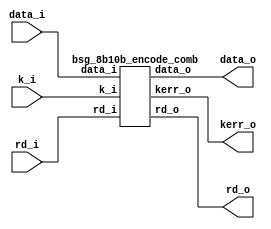


module top
(
  data_i,
  k_i,
  rd_i,
  data_o,
  rd_o,
  kerr_o
);

  input [7:0] data_i;
  output [9:0] data_o;
  input k_i;
  input rd_i;
  output rd_o;
  output kerr_o;

  bsg_8b10b_encode_comb
  wrapper
  (
    .data_i(data_i),
    .data_o(data_o),
    .k_i(k_i),
    .rd_i(rd_i),
    .rd_o(rd_o),
    .kerr_o(kerr_o)
  );


endmodule



module bsg_8b10b_encode_comb
(
  data_i,
  k_i,
  rd_i,
  data_o,
  rd_o,
  kerr_o
);

  input [7:0] data_i;
  output [9:0] data_o;
  input k_i;
  input rd_i;
  output rd_o;
  output kerr_o;
  wire [9:0] data_o;
  wire rd_o,kerr_o,AxorB,CxorD,AandB,CandD,NAandNB,NCandND,L22,L40,L04,L13,L31,FxorG,
  FandG,NFandNG,NFandNGandNH,FxorGandK,FxorGandNH,FandGandH,S,T0,PDM1S6,PD0S6,
  NDM1S6,PDM1S4,COMPLS6,NDL6,COMPLS4,N1,N2,N3,N4,N5,T1,N6,N7,N9,N0,N8,N10,N11,N12,N13,
  N14,N15,N16,N17,N18,N19,N20,N21,N22,N23,N24,N25,N26,N27,N28,N29,N30,N31,N32,N33,
  N34,N35,N36,N37,N38,N39,N40,N41,N42,N43,N44,N45,N46,N47,N48,N49,N50,N51,N52,N53,
  N54,N55,N56,N57,N58,N59,N60,N61,N62,N63,N64,N65,N66,N67,N68,N69,N70,N71,N72,N73,
  N74,N75,N76,N77,N78,N79,N80,N81,N82,N83,N84,N85,N86;
  assign AxorB = data_i[0] ^ data_i[1];
  assign CxorD = data_i[2] ^ data_i[3];
  assign AandB = data_i[0] & data_i[1];
  assign CandD = data_i[2] & data_i[3];
  assign NAandNB = N0 & N8;
  assign N0 = ~data_i[0];
  assign N8 = ~data_i[1];
  assign NCandND = N10 & N11;
  assign N10 = ~data_i[2];
  assign N11 = ~data_i[3];
  assign L22 = N14 | N15;
  assign N14 = N12 | N13;
  assign N12 = AandB & NCandND;
  assign N13 = CandD & NAandNB;
  assign N15 = AxorB & CxorD;
  assign L40 = AandB & CandD;
  assign L04 = NAandNB & NCandND;
  assign L13 = N16 | N17;
  assign N16 = AxorB & NCandND;
  assign N17 = CxorD & NAandNB;
  assign L31 = N18 | N19;
  assign N18 = AxorB & CandD;
  assign N19 = CxorD & AandB;
  assign FxorG = data_i[5] ^ data_i[6];
  assign FandG = data_i[5] & data_i[6];
  assign NFandNG = N20 & N21;
  assign N20 = ~data_i[5];
  assign N21 = ~data_i[6];
  assign NFandNGandNH = NFandNG & N22;
  assign N22 = ~data_i[7];
  assign FxorGandK = FxorG & k_i;
  assign FxorGandNH = FxorG & N22;
  assign FandGandH = FandG & data_i[7];
  assign S = N26 | N30;
  assign N26 = N24 & N25;
  assign N24 = N23 & data_i[3];
  assign N23 = rd_i & L31;
  assign N25 = ~data_i[4];
  assign N30 = N29 & data_i[4];
  assign N29 = N28 & N11;
  assign N28 = N27 & L13;
  assign N27 = ~rd_i;
  assign T0 = N31 & data_i[4];
  assign N31 = L13 & data_i[3];
  assign PDM1S6 = T0 | N35;
  assign N35 = N34 & N25;
  assign N34 = N32 & N33;
  assign N32 = ~L22;
  assign N33 = ~L31;
  assign PD0S6 = N38 | k_i;
  assign N38 = N36 & N37;
  assign N36 = data_i[4] & N32;
  assign N37 = ~L13;
  assign NDM1S6 = N40 | PD0S6;
  assign N40 = N39 & N25;
  assign N39 = L31 & N11;
  assign PDM1S4 = NFandNG | FxorGandK;
  assign COMPLS6 = N41 | N42;
  assign N41 = NDM1S6 & rd_i;
  assign N42 = N27 & PDM1S6;
  assign NDL6 = N46 | N50;
  assign N46 = N44 | N45;
  assign N44 = PD0S6 & N43;
  assign N43 = ~COMPLS6;
  assign N45 = COMPLS6 & PDM1S6;
  assign N50 = N49 & rd_i;
  assign N49 = N47 & N48;
  assign N47 = ~PDM1S6;
  assign N48 = ~PD0S6;
  assign COMPLS4 = N51 | N53;
  assign N51 = FandG & NDL6;
  assign N53 = N52 & PDM1S4;
  assign N52 = ~NDL6;
  assign rd_o = N59 | N61;
  assign N59 = N57 | N58;
  assign N57 = N55 & N56;
  assign N55 = NDL6 & N54;
  assign N54 = ~FandGandH;
  assign N56 = ~NFandNG;
  assign N58 = NFandNG & COMPLS4;
  assign N61 = N60 & FandGandH;
  assign N60 = ~COMPLS4;
  assign N1 = N63 | L04;
  assign N63 = N62 & data_i[1];
  assign N62 = ~L40;
  assign N2 = N64 | T0;
  assign N64 = L04 | data_i[2];
  assign N3 = data_i[3] & N62;
  assign N4 = N66 | N67;
  assign N66 = N65 & data_i[4];
  assign N65 = ~T0;
  assign N67 = N25 & L13;
  assign N5 = N74 | N76;
  assign N74 = N72 | N73;
  assign N72 = N70 | N71;
  assign N70 = N68 | N69;
  assign N68 = N25 & L22;
  assign N69 = L22 & k_i;
  assign N71 = L04 & data_i[4];
  assign N73 = data_i[4] & L40;
  assign N76 = N75 & N11;
  assign N75 = data_i[4] & L13;
  assign data_o[0] = data_i[0] ^ COMPLS6;
  assign data_o[1] = N1 ^ COMPLS6;
  assign data_o[2] = N2 ^ COMPLS6;
  assign data_o[3] = N3 ^ COMPLS6;
  assign data_o[4] = N4 ^ COMPLS6;
  assign data_o[5] = N5 ^ COMPLS6;
  assign T1 = N77 | N78;
  assign N77 = S & FandGandH;
  assign N78 = FandGandH & k_i;
  assign N6 = ~N79;
  assign N79 = N20 | T1;
  assign N7 = data_i[6] | NFandNGandNH;
  assign N9 = T1 | FxorGandNH;
  assign data_o[6] = N6 ^ COMPLS4;
  assign data_o[7] = N7 ^ COMPLS4;
  assign data_o[8] = data_i[7] ^ COMPLS4;
  assign data_o[9] = N9 ^ COMPLS4;
  assign kerr_o = N83 & N86;
  assign N83 = k_i & N82;
  assign N82 = ~N81;
  assign N81 = N80 & data_i[4];
  assign N80 = NAandNB & CandD;
  assign N86 = ~N85;
  assign N85 = N84 & L31;
  assign N84 = FandGandH & data_i[4];

endmodule